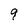
Character: g